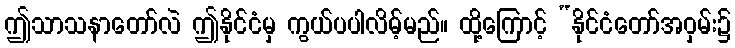
ဤသာသနာတော်လဲ ဤနိုင်ငံမှ ကွယ်ပပါလိမ့်မည်။ ထို့ကြောင့် “နိုင်ငံတော်အဝှမ်း၌